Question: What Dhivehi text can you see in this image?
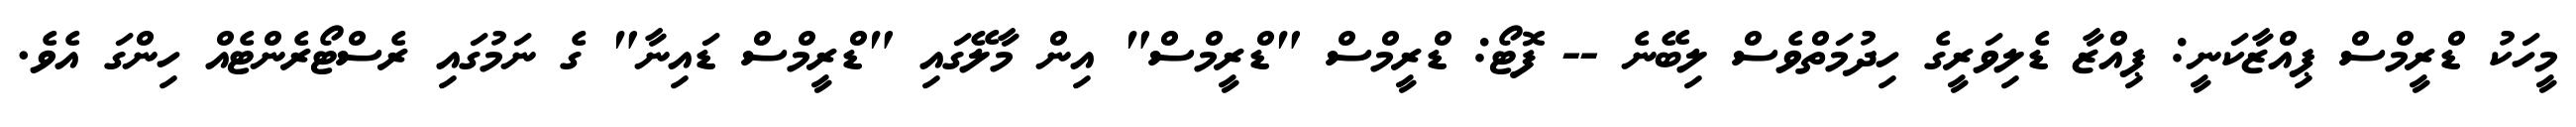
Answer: މީހަކު ޑްރީމްސް ޕިއްޒާކަނީ: ޕިއްޒާ ޑެލިވަރީގެ ހިދުމަތްވެސް ލިބޭނެ -- ފޮޓޯ: ޑްރީމްސް "ޑްރީމްސް" އިން މާލޭގައި "ޑްރީމްސް ޑައިނާ" ގެ ނަމުގައި ރެސްޓޯރެންޓެއް ހިންގަ އެވެ.